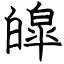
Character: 皥